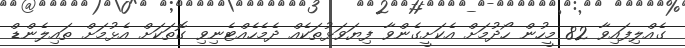
ގެއްލިފައިވާ 82 މީހުން ހޯދުމަށް އެކަށީގެންވާ ފިޔަވަޅުތަކެއް ދެމެހެއްޓެނިވި ގޮތަކަށް އެޅުމަށް ތައިލެންޑް